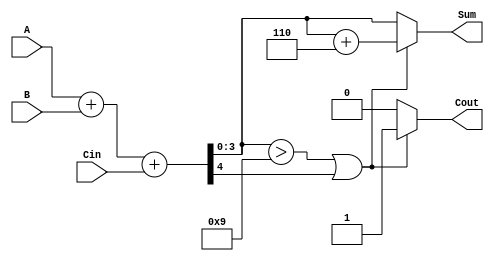
module BCD_Parallel_Adder (
    input  wire [3:0] A,      // First BCD digit
    input  wire [3:0] B,      // Second BCD digit
    input  wire Cin,          // Carry input
    output reg  [3:0] Sum,    // BCD result
    output reg  Cout          // Carry output
);

    wire [4:0] S;             // 5-bit sum to hold A + B + Cin
    wire correction_needed;    // Flag to indicate if correction is needed

    // Step 1: Perform binary addition
    assign S = A + B + Cin;

    // Step 2: Determine if correction is needed
    assign correction_needed = (S[3:0] > 4'b1001) || S[4];

    // Step 3: BCD Correction Logic
    always @(*) begin
        if (correction_needed) begin
            Sum = S[3:0] + 4'b0110; // Add 6 for correction
            Cout = 1'b1;            // Set carry out
        end else begin
            Sum = S[3:0];           // No correction needed
            Cout = 1'b0;            // No carry out
        end
    end

endmodule